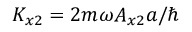
K _ { x 2 } = 2 m \omega A _ { x 2 } a / \hbar